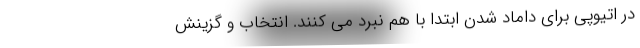
در اتیوپی برای داماد شدن ابتدا با هم نبرد می کنند. انتخاب و گزینش